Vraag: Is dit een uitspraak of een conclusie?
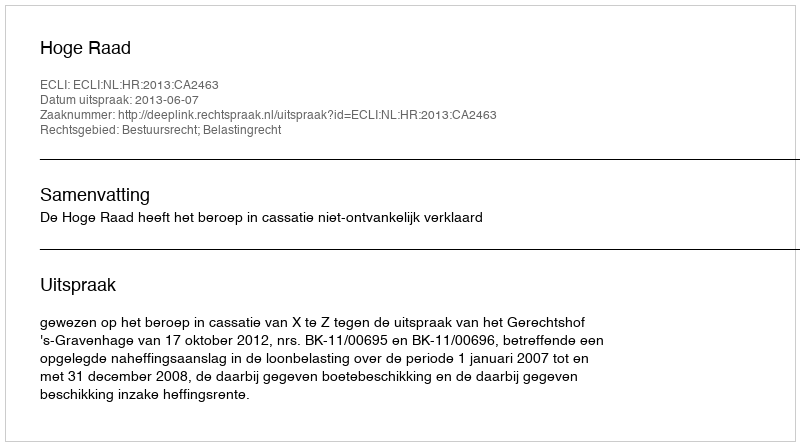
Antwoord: Uitspraak